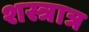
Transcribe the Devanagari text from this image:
शस्त्रात्र